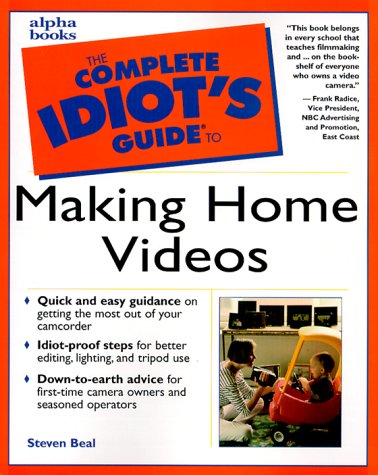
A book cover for Complete Idiot's Guide to Making Home Videos; Steven Beal; Humor & Entertainment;